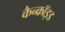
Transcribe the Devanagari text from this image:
कैन्क्रॉइड